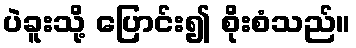
ပဲခူးသို့ ပြောင်း၍ စိုးစံသည်။